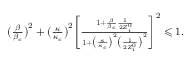
\begin{array} { r l r } & { } & { \big ( \frac { \beta } { \beta _ { c } } \big ) ^ { 2 } + \big ( \frac { \kappa } { \kappa _ { c } } \big ) ^ { 2 } \Bigg [ \frac { 1 + \frac { \beta } { \beta _ { c } } \frac { 1 } { 2 Z _ { i } ^ { 0 } } } { 1 + \big ( \frac { \kappa } { \kappa _ { c } } \big ) ^ { 2 } \big ( \frac { 1 } { 2 Z _ { i } ^ { 0 } } \big ) ^ { 2 } } \Bigg ] ^ { 2 } \leqslant 1 . } \end{array}